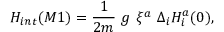
H _ { i n t } ( M 1 ) = { \frac { 1 } { 2 m } } ~ g \ \xi ^ { a } ~ \Delta _ { i } H _ { i } ^ { a } ( 0 ) ,